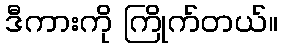
ဒီကားကို ကြိုက်တယ်။